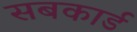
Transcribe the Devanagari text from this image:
सबकार्ड